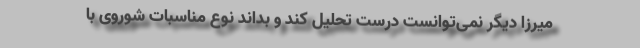
میرزا دیگر نمی‌توانست درست تحلیل کند و بداند نوع مناسبات شوروی با